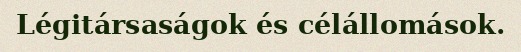
Légitársaságok és célállomások.